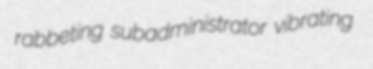
rabbeting subadministrator vibrating